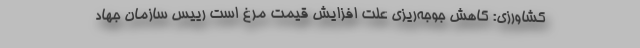
کشاورزی: کاهش جوجه‌ریزی علت افزایش قیمت مرغ است رییس سازمان جهاد